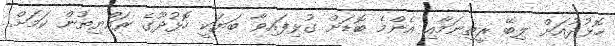
ހޮޅުދުއަށް ލިބޭ ރީތިނަމާއި އެންމެ ބޮޑަށް ގުޅިފައިވާ ބަޔަކީ ހޮޅުދޫގެ ރައްޔިތުން ކަމަށް